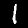
Digit: 1